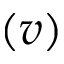
( v )